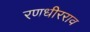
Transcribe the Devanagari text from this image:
रणधीरराव